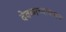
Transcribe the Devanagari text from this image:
देवळाच्याबाबत